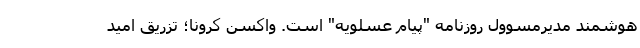
هوشمند مدیرمسوول روزنامه "پیام عسلویه" است. واکسن کرونا؛ تزریق امید